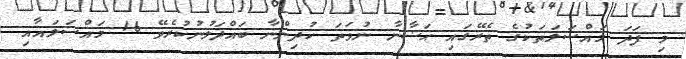
މި ފަދަ މައްސަލަތަކުގެ ތެރޭގައި ޙަޟާނާ ނުވަތަ ކުދިންނާ ބައްދަލުނުކުރެވޭ 16 މައްސަލައާއި